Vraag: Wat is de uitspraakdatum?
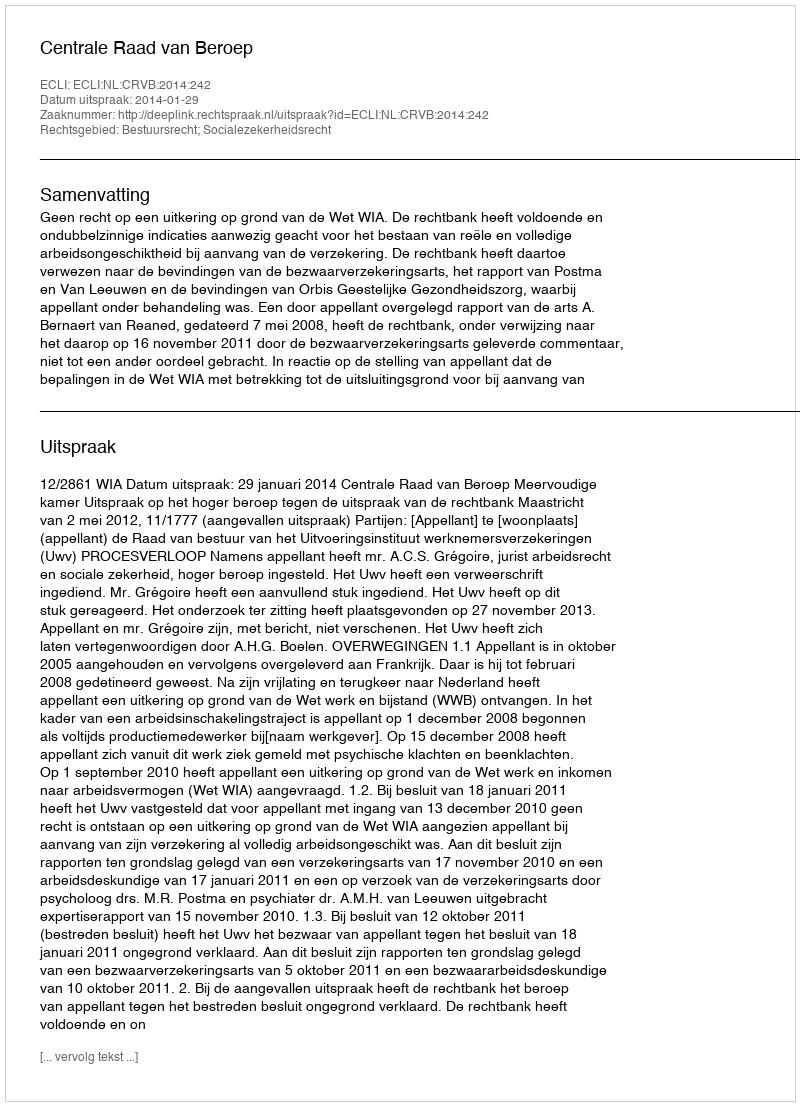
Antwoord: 2014-01-29